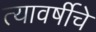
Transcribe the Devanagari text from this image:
त्यावर्षीचे